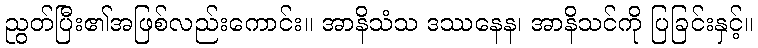
ညွတ်ပြီး၏အဖြစ်လည်းကောင်း။ အာနိသံသ ဒဿနေန၊ အာနိသင်ကို ပြခြင်းနှင့်။